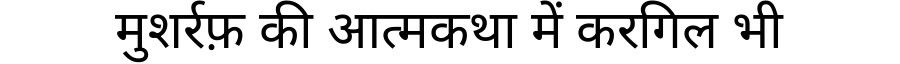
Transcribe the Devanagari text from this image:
मुशर्रफ़ की आत्मकथा में करगिल भी